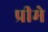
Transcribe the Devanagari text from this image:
प्रीमे